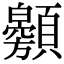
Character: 𩕰